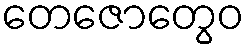
တေဇောတွေဝ